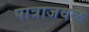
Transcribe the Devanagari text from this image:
पात्राजवळ